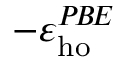
- \varepsilon _ { \mathrm { h o } } ^ { P \! B \! E }